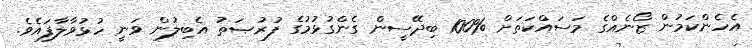
އެހެންކަމުން ޒޯނެއްގެ މަސައްކަތަށް %100 ބިދޭސީން ގެންގުޅުމުގެ ފުރުޞަތު އެބިލުން ވަނީ ހުޅުވާލާފައެވެ.